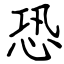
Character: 恐